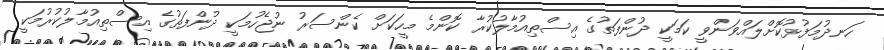
ހަނދުމަފުޅުކޮށްލައްވަންވީ ކަމަކީ ދުންފަތުގެ އިސްތިއުމާލުކުރާ ކޮންމެ މީހަކަށް ކެންސަރު ނުޖެހުމަކީ ދުންފަތުގެ އިސްތިއުމާލުކުރުމަކީ